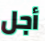
أجل